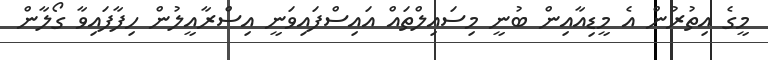
މީގެ އިތުރުން އެ މީޑިއާއިން ބުނީ މިސައިލްތައް އައިސްފައިވަނީ އިސްރާއީލުން ހިފާފައިވާ ގޯލާން